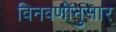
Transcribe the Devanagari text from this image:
विनवणीनुसार